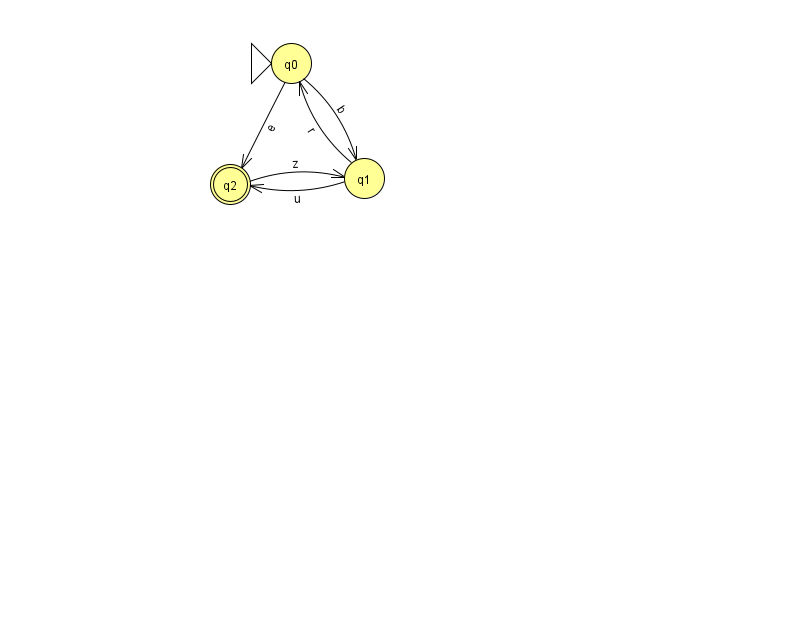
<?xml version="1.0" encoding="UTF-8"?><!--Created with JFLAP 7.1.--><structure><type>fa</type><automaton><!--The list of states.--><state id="0" name="q0"><x>291.0</x><y>50.0</y><initial/></state><state id="1" name="q1"><x>364.0</x><y>165.0</y></state><state id="2" name="q2"><x>230.0</x><y>171.0</y><final/></state><!--The list of transitions.--><transition><from>1</from><to>2</to><read>u</read></transition><transition><from>0</from><to>2</to><read>e</read></transition><transition><from>2</from><to>1</to><read>z</read></transition><transition><from>0</from><to>1</to><read>b</read></transition><transition><from>1</from><to>0</to><read>r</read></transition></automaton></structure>